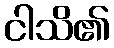
ငါသိ၏